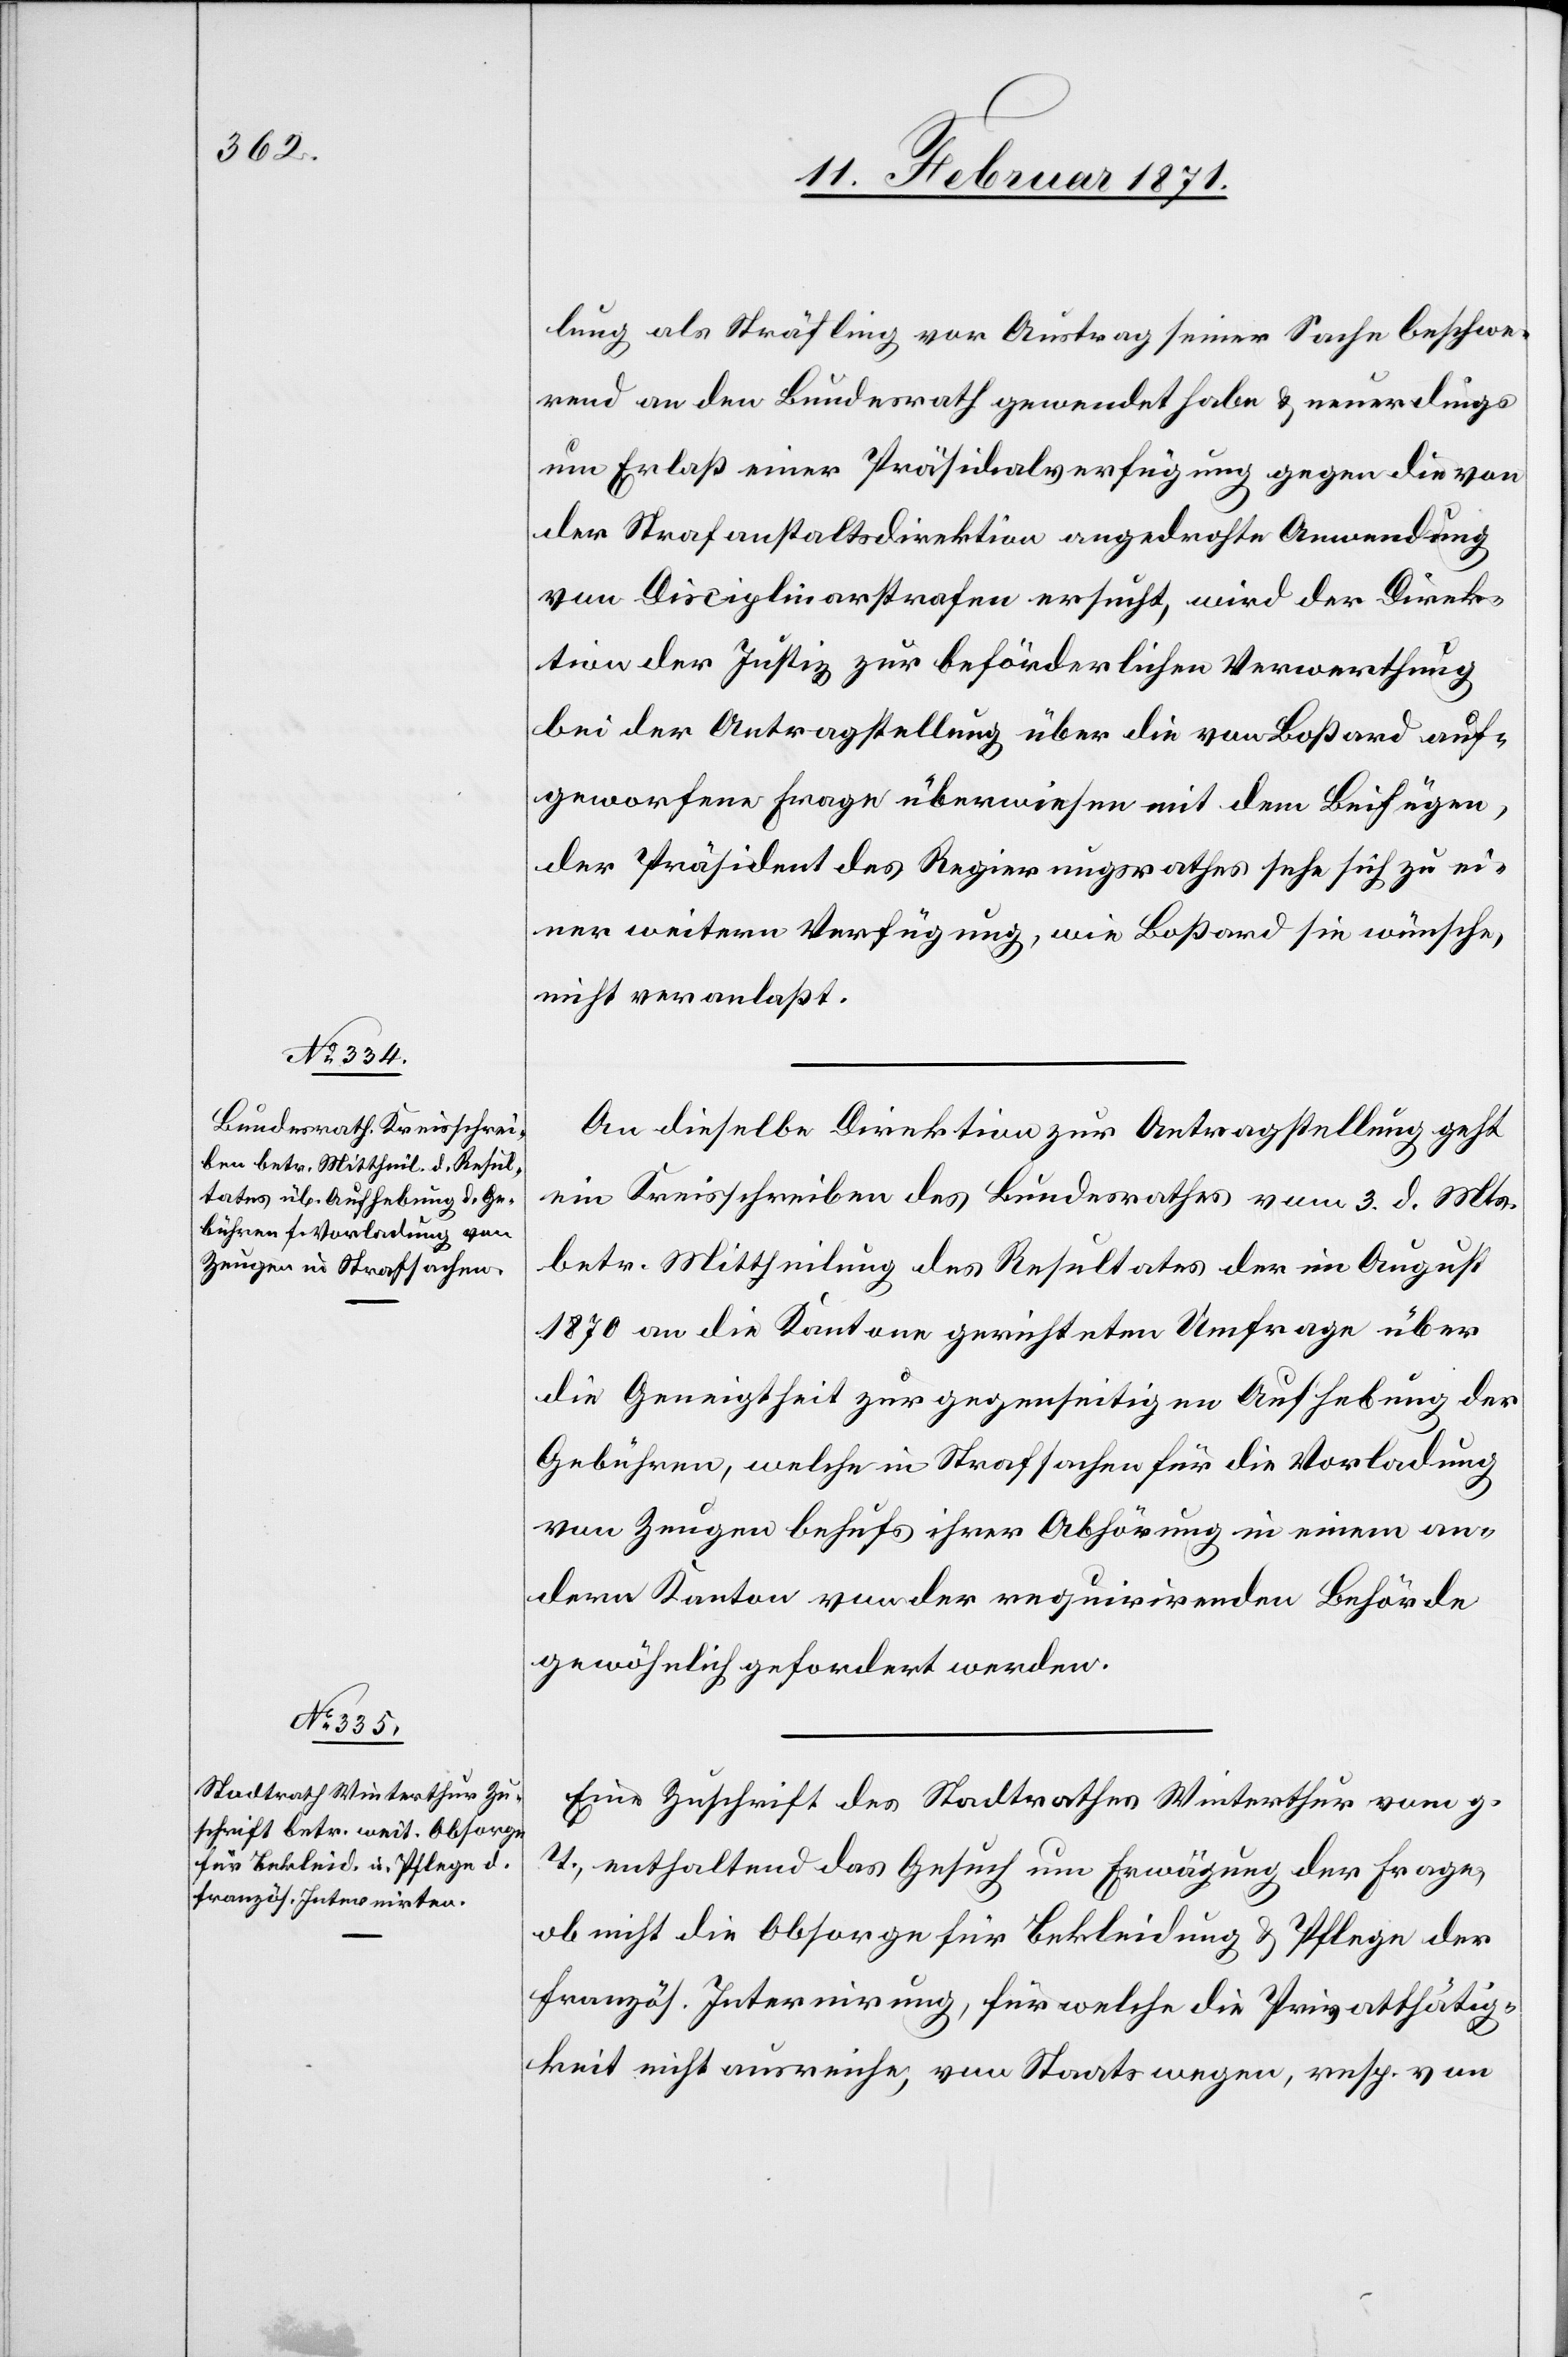
15. Februar 1871.]
lung als Sträfling vor Austrag seiner Sache beschwe¬
rend an den Bundesrath gewendet habe u. neuerdings
um Erlaß einer Präsidialverfügung gegen die von
der Strafanstaltsdirektion angedrohte Anwendung
von Disciplinarstrafen ersucht, wird der Direk¬
tion der Justiz zur beförderlichen Verwerthung
bei der Antragstellung über die von Boßard auf¬
geworfene Frage überwiesen mit dem Beifügen,
der Präsident des Regierungsrathes sehe sich zu ei¬
ner weitern Verfügung, wie Boßard sie wünsche,
nicht veranlaßt.
An dieselbe Direktion zur Antragstellung geht
ein Kreisschreiben des Bundesrathes vom 3. d. Mts.
betr. Mittheilung des Resultates der im August
1870 an die Kantone gerichteten Umfrage über
die Geneigtheit zur gegenseitigen Aufhebung der
Gebühren, welche in Strafsachen für die Vorladung
von Zeugen behufs ihrer Abhörung in einem an¬
dern Kanton von der requirirenden Behörde
gewöhnlich gefordert werden.
Eine Zuschrift des Stadtrathes Winterthur vom g.
T., enthaltend das Gesuch um Erwägung der Frage,
ob nicht die Obsorge für Bekleidung u. Pflege der
französ. Internirung, für welche die Privatthätig¬
keit nicht ausreiche, von Staats wegen, resp. von